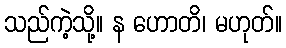
သည်ကဲ့သို့။ န ဟောတိ၊ မဟုတ်။